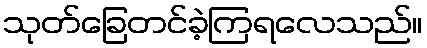
သုတ်ခြေတင်ခဲ့ကြရလေသည်။